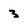
Character: 3